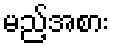
မည့်အစား